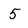
Character: 5